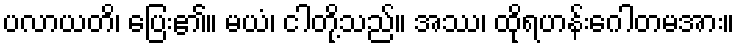
ပလာယတိ၊ ပြေး၏။ မယံ၊ ငါတို့သည်။ အဿ၊ ထိုရဟန်းဂေါတမအား။